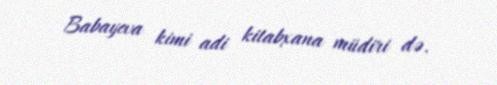
Babayeva kimi adi kitabxana müdiri də.